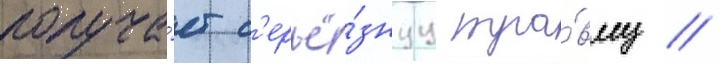
получа́ет с'ерьё́знуу тра́вму //